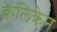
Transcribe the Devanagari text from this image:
केलिक्रेन